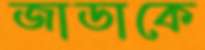
জাডাকে